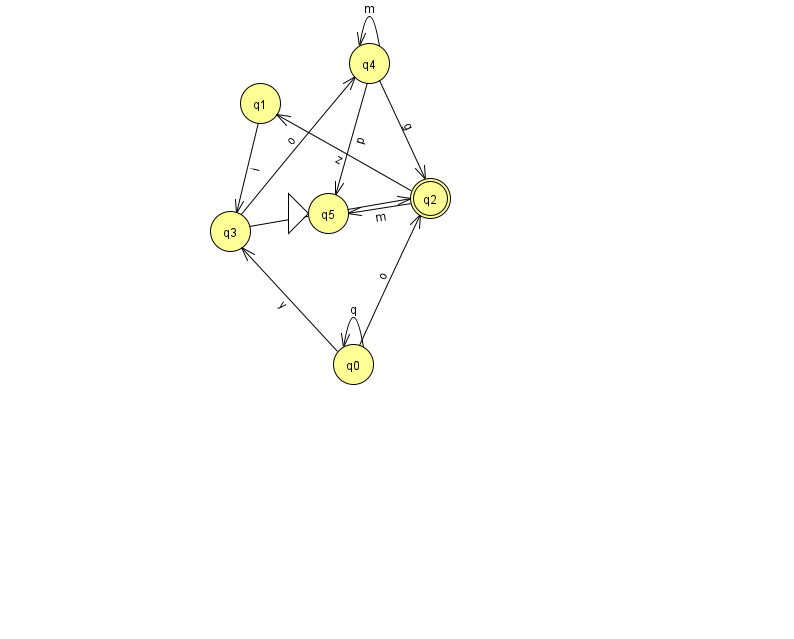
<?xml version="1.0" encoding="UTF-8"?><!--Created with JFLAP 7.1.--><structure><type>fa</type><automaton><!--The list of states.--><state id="0" name="q0"><x>353.0</x><y>351.0</y></state><state id="1" name="q1"><x>260.0</x><y>90.0</y></state><state id="2" name="q2"><x>430.0</x><y>185.0</y><final/></state><state id="3" name="q3"><x>230.0</x><y>218.0</y></state><state id="4" name="q4"><x>369.0</x><y>50.0</y></state><state id="5" name="q5"><x>328.0</x><y>200.0</y><initial/></state><!--The list of transitions.--><transition><from>0</from><to>0</to><read>q</read></transition><transition><from>1</from><to>3</to><read>i</read></transition><transition><from>0</from><to>3</to><read>y</read></transition><transition><from>2</from><to>1</to><read>z</read></transition><transition><from>0</from><to>2</to><read>o</read></transition><transition><from>4</from><to>5</to><read>p</read></transition><transition><from>2</from><to>5</to><read>m</read></transition><transition><from>3</from><to>4</to><read>o</read></transition><transition><from>4</from><to>2</to><read>g</read></transition><transition><from>4</from><to>4</to><read>m</read></transition><transition><from>3</from><to>2</to><read>f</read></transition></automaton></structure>